Scottish Certificate of Education, 1963
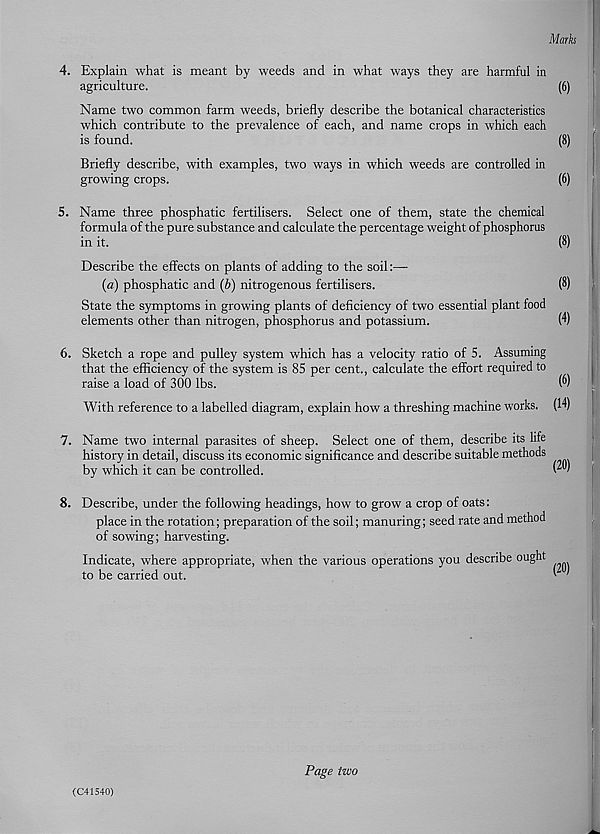
Marks
4. Explain what is meant by weeds and in what ways they are harmful in
agriculture.
(6)
Name two common farm weeds, briefly describe the botanical characteristics
which contribute to the prevalence of each, and name crops in which each
is found.
(8)
Briefly describe, with examples, two ways in which weeds are controlled in
growing crops.
(6)
5. Name three phosphatic fertilisers. Select one of them, state the chemical
formula of the pure substance and calculate the percentage weight of phosphorus
in it.
(8)
Describe the effects on plants of adding to the soil:—
(a) phosphatic and (b) nitrogenous fertilisers.
(8)
State the symptoms in growing plants of deficiency of two essential plant food
elements other than nitrogen, phosphorus and potassium.
H)
6. Sketch a rope and pulley system which has a velocity ratio of 5. Assuming
that the efficiency of the system is 85 per cent., calculate the effort required to
raise a load of 300 lbs.
(6)
With reference to a labelled diagram, explain how a threshing machine works. (14)
7. Name two internal parasites of sheep. Select one of them, describe its life
history in detail, discuss its economic significance and describe suitable methods
by which it can be controlled.
8. Describe, under the following headings, how to grow a crop of oats:
place in the rotation; preparation of the soil; manuring; seed rate and method
of sowing; harvesting.
Indicate, where appropriate, when the various operations you describe ought
to be carried out.
(C41540)
Page two